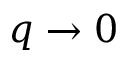
q \to 0